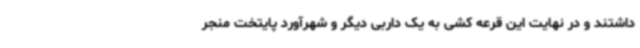
داشتند و در نهایت این قرعه کشی به یک داربی دیگر و شهرآورد پایتخت منجر